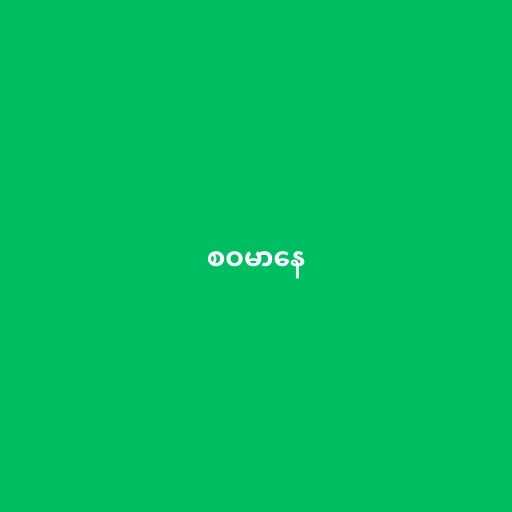
စဝမာနေ